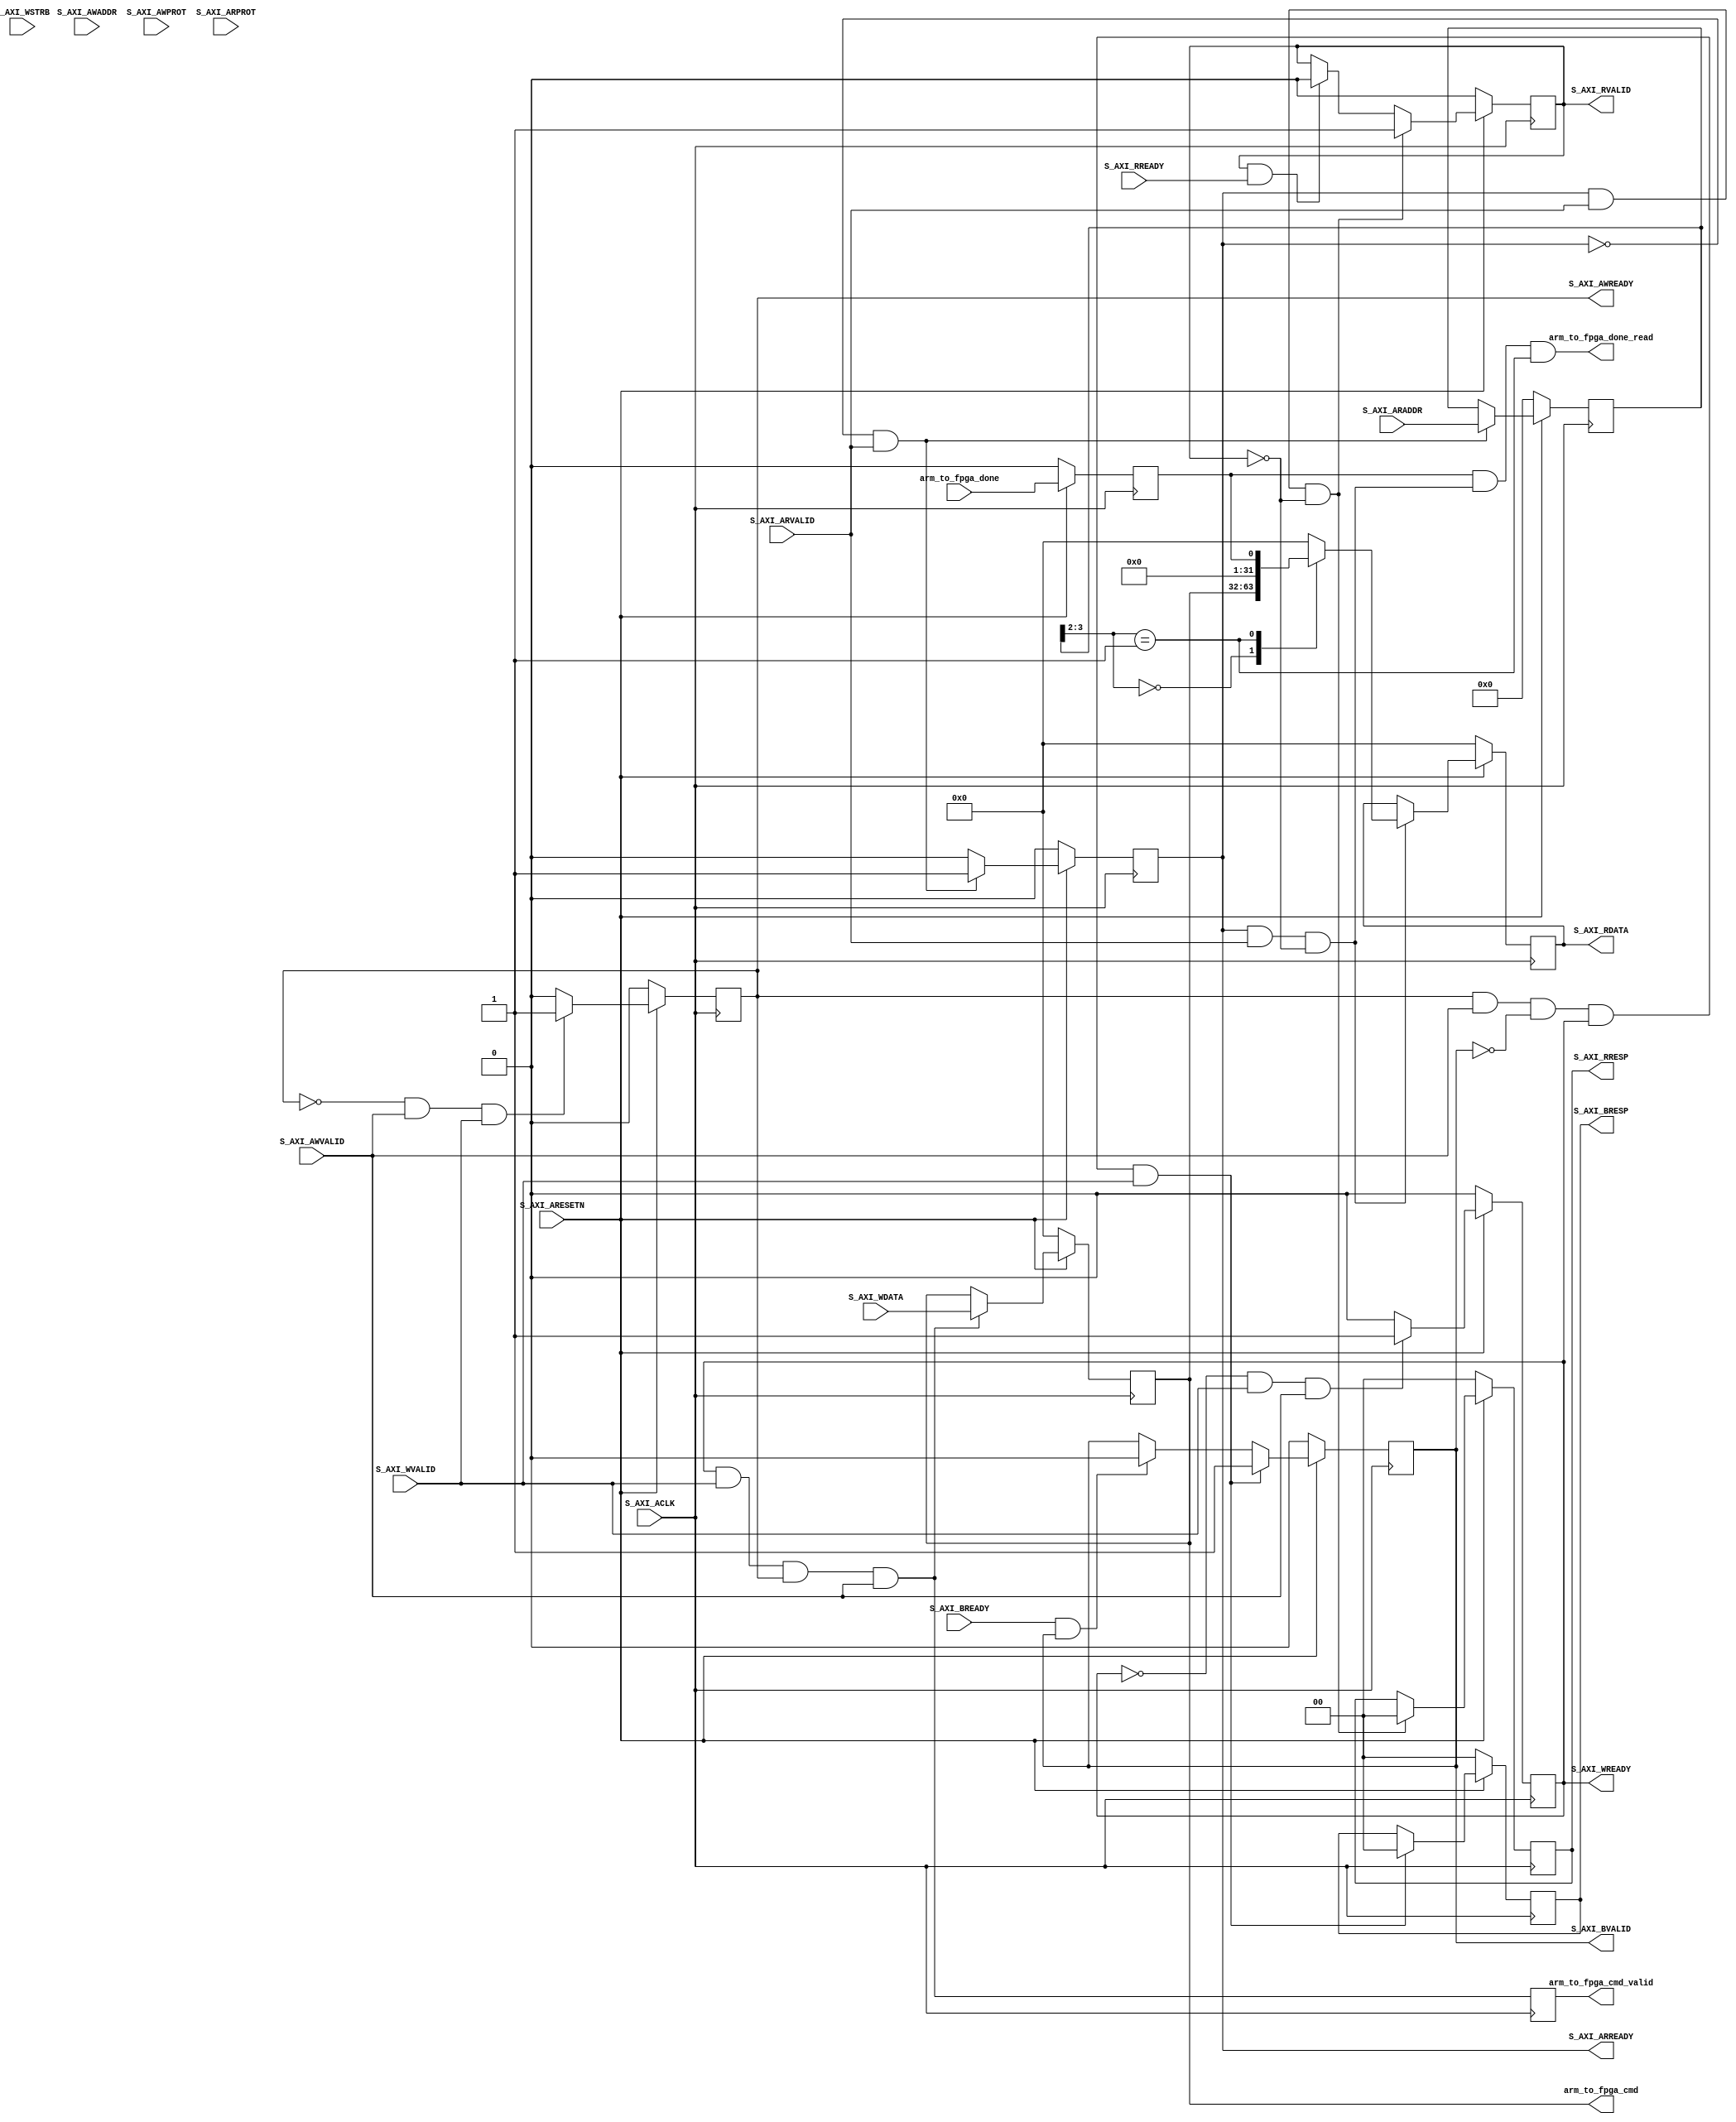

`timescale 1 ns / 1 ps

  module command_interface_S00_AXI #
  (
    // Users to add parameters here

    // User parameters ends
    // Do not modify the parameters beyond this line

    // Width of S_AXI data bus
    parameter integer C_S_AXI_DATA_WIDTH	= 32,
    // Width of S_AXI address bus
    parameter integer C_S_AXI_ADDR_WIDTH	= 4
  )
  (
    // Users to add ports here
    output wire [  31:0] arm_to_fpga_cmd,
    output wire          arm_to_fpga_cmd_valid,
    input  wire          arm_to_fpga_done,
    output wire          arm_to_fpga_done_read,
    // User ports ends

    // Do not modify the ports beyond this line

    // Global Clock Signal
    input wire  S_AXI_ACLK,
    // Global Reset Signal. This Signal is Active LOW
    input wire  S_AXI_ARESETN,
    // Write address (issued by master, acceped by Slave)
    input wire [C_S_AXI_ADDR_WIDTH-1 : 0] S_AXI_AWADDR,
    // Write channel Protection type. This signal indicates the
        // privilege and security level of the transaction, and whether
        // the transaction is a data access or an instruction access.
    input wire [2 : 0] S_AXI_AWPROT,
    // Write address valid. This signal indicates that the master signaling
        // valid write address and control information.
    input wire  S_AXI_AWVALID,
    // Write address ready. This signal indicates that the slave is ready
        // to accept an address and associated control signals.
    output wire  S_AXI_AWREADY,
    // Write data (issued by master, acceped by Slave)
    input wire [C_S_AXI_DATA_WIDTH-1 : 0] S_AXI_WDATA,
    // Write strobes. This signal indicates which byte lanes hold
        // valid data. There is one write strobe bit for each eight
        // bits of the write data bus.
    input wire [(C_S_AXI_DATA_WIDTH/8)-1 : 0] S_AXI_WSTRB,
    // Write valid. This signal indicates that valid write
        // data and strobes are available.
    input wire  S_AXI_WVALID,
    // Write ready. This signal indicates that the slave
        // can accept the write data.
    output wire  S_AXI_WREADY,
    // Write response. This signal indicates the status
        // of the write transaction.
    output wire [1 : 0] S_AXI_BRESP,
    // Write response valid. This signal indicates that the channel
        // is signaling a valid write response.
    output wire  S_AXI_BVALID,
    // Response ready. This signal indicates that the master
        // can accept a write response.
    input wire  S_AXI_BREADY,
    // Read address (issued by master, acceped by Slave)
    input wire [C_S_AXI_ADDR_WIDTH-1 : 0] S_AXI_ARADDR,
    // Protection type. This signal indicates the privilege
        // and security level of the transaction, and whether the
        // transaction is a data access or an instruction access.
    input wire [2 : 0] S_AXI_ARPROT,
    // Read address valid. This signal indicates that the channel
        // is signaling valid read address and control information.
    input wire  S_AXI_ARVALID,
    // Read address ready. This signal indicates that the slave is
        // ready to accept an address and associated control signals.
    output wire  S_AXI_ARREADY,
    // Read data (issued by slave)
    output wire [C_S_AXI_DATA_WIDTH-1 : 0] S_AXI_RDATA,
    // Read response. This signal indicates the status of the
        // read transfer.
    output wire [1 : 0] S_AXI_RRESP,
    // Read valid. This signal indicates that the channel is
        // signaling the required read data.
    output wire  S_AXI_RVALID,
    // Read ready. This signal indicates that the master can
        // accept the read data and response information.
    input wire  S_AXI_RREADY
  );

  // AXI4LITE signals
  reg [C_S_AXI_ADDR_WIDTH-1 : 0] 	axi_awaddr;
  reg  	axi_awready;
  reg  	axi_wready;
  reg [1 : 0] 	axi_bresp;
  reg  	axi_bvalid;
  reg [C_S_AXI_ADDR_WIDTH-1 : 0] 	axi_araddr;
  reg  	axi_arready;
  reg [C_S_AXI_DATA_WIDTH-1 : 0] 	axi_rdata;
  reg [1 : 0] 	axi_rresp;
  reg  	axi_rvalid;

  // Example-specific design signals
  // local parameter for addressing 32 bit / 64 bit C_S_AXI_DATA_WIDTH
  // ADDR_LSB is used for addressing 32/64 bit registers/memories
  // ADDR_LSB = 2 for 32 bits (n downto 2)
  // ADDR_LSB = 3 for 64 bits (n downto 3)
  localparam integer ADDR_LSB = (C_S_AXI_DATA_WIDTH/32) + 1;
  localparam integer OPT_MEM_ADDR_BITS = 1;
  //----------------------------------------------
  //-- Signals for user logic register space example
  //------------------------------------------------
  //-- Number of Slave Registers 4
  reg [C_S_AXI_DATA_WIDTH-1:0]	reg_cmd;
  reg 													reg_done;
  reg [C_S_AXI_DATA_WIDTH-1:0]	slv_reg2;
  reg [C_S_AXI_DATA_WIDTH-1:0]	slv_reg3;
  wire	 slv_reg_rden;
  wire	 slv_reg_wren;
  reg [C_S_AXI_DATA_WIDTH-1:0]	 reg_data_out;
  integer	 byte_index;

  // I/O Connections assignments

  assign S_AXI_AWREADY	= axi_awready;
  assign S_AXI_WREADY	= axi_wready;
  assign S_AXI_BRESP	= axi_bresp;
  assign S_AXI_BVALID	= axi_bvalid;
  assign S_AXI_ARREADY	= axi_arready;
  assign S_AXI_RDATA	= axi_rdata;
  assign S_AXI_RRESP	= axi_rresp;
  assign S_AXI_RVALID	= axi_rvalid;
  // Implement axi_awready generation
  // axi_awready is asserted for one S_AXI_ACLK clock cycle when both
  // S_AXI_AWVALID and S_AXI_WVALID are asserted. axi_awready is
  // de-asserted when reset is low.

  always @( posedge S_AXI_ACLK )
  begin
    if ( S_AXI_ARESETN == 1'b0 )
      begin
        axi_awready <= 1'b0;
      end
    else
      begin
        if (~axi_awready && S_AXI_AWVALID && S_AXI_WVALID)
          begin
            // slave is ready to accept write address when
            // there is a valid write address and write data
            // on the write address and data bus. This design
            // expects no outstanding transactions.
            axi_awready <= 1'b1;
          end
        else
          begin
            axi_awready <= 1'b0;
          end
      end
  end

  // Implement axi_awaddr latching
  // This process is used to latch the address when both
  // S_AXI_AWVALID and S_AXI_WVALID are valid.

  always @( posedge S_AXI_ACLK )
  begin
    if ( S_AXI_ARESETN == 1'b0 )
      begin
        axi_awaddr <= 0;
      end
    else
      begin
        if (~axi_awready && S_AXI_AWVALID && S_AXI_WVALID)
          begin
            // Write Address latching
            axi_awaddr <= S_AXI_AWADDR;
          end
      end
  end

  // Implement axi_wready generation
  // axi_wready is asserted for one S_AXI_ACLK clock cycle when both
  // S_AXI_AWVALID and S_AXI_WVALID are asserted. axi_wready is
  // de-asserted when reset is low.

  always @( posedge S_AXI_ACLK )
  begin
    if ( S_AXI_ARESETN == 1'b0 )
      begin
        axi_wready <= 1'b0;
      end
    else
      begin
        if (~axi_wready && S_AXI_WVALID && S_AXI_AWVALID)
          begin
            // slave is ready to accept write data when
            // there is a valid write address and write data
            // on the write address and data bus. This design
            // expects no outstanding transactions.
            axi_wready <= 1'b1;
          end
        else
          begin
            axi_wready <= 1'b0;
          end
      end
  end

  // Implement memory mapped register select and write logic generation
  // The write data is accepted and written to memory mapped registers when
  // axi_awready, S_AXI_WVALID, axi_wready and S_AXI_WVALID are asserted. Write strobes are used to
  // select byte enables of slave registers while writing.
  // These registers are cleared when reset (active low) is applied.
  // Slave register write enable is asserted when valid address and data are available
  // and the slave is ready to accept the write address and write data.
  assign slv_reg_wren = axi_wready && S_AXI_WVALID && axi_awready && S_AXI_AWVALID;

  always @( posedge S_AXI_ACLK )
  begin
    if      (S_AXI_ARESETN == 1'b0)	reg_cmd <= 31'b0;
    else if (slv_reg_wren)					reg_cmd <= S_AXI_WDATA;
    else														reg_cmd <= reg_cmd;
  end

  // Implement write response logic generation
  // The write response and response valid signals are asserted by the slave
  // when axi_wready, S_AXI_WVALID, axi_wready and S_AXI_WVALID are asserted.
  // This marks the acceptance of address and indicates the status of
  // write transaction.

  always @( posedge S_AXI_ACLK )
  begin
    if ( S_AXI_ARESETN == 1'b0 )
      begin
        axi_bvalid  <= 0;
        axi_bresp   <= 2'b0;
      end
    else
      begin
        if (axi_awready && S_AXI_AWVALID && ~axi_bvalid && axi_wready && S_AXI_WVALID)
          begin
            // indicates a valid write response is available
            axi_bvalid <= 1'b1;
            axi_bresp  <= 2'b0; // 'OKAY' response
          end                   // work error responses in future
        else
          begin
            if (S_AXI_BREADY && axi_bvalid)
              //check if bready is asserted while bvalid is high)
              //(there is a possibility that bready is always asserted high)
              begin
                axi_bvalid <= 1'b0;
              end
          end
      end
  end

  // Implement axi_arready generation
  // axi_arready is asserted for one S_AXI_ACLK clock cycle when
  // S_AXI_ARVALID is asserted. axi_awready is
  // de-asserted when reset (active low) is asserted.
  // The read address is also latched when S_AXI_ARVALID is
  // asserted. axi_araddr is reset to zero on reset assertion.

  always @( posedge S_AXI_ACLK )
  begin
    if ( S_AXI_ARESETN == 1'b0 )
      begin
        axi_arready <= 1'b0;
        axi_araddr  <= 32'b0;
      end
    else
      begin
        if (~axi_arready && S_AXI_ARVALID)
          begin
            // indicates that the slave has acceped the valid read address
            axi_arready <= 1'b1;
            // Read address latching
            axi_araddr  <= S_AXI_ARADDR;
          end
        else
          begin
            axi_arready <= 1'b0;
          end
      end
  end

  // Implement axi_arvalid generation
  // axi_rvalid is asserted for one S_AXI_ACLK clock cycle when both
  // S_AXI_ARVALID and axi_arready are asserted. The slave registers
  // data are available on the axi_rdata bus at this instance. The
  // assertion of axi_rvalid marks the validity of read data on the
  // bus and axi_rresp indicates the status of read transaction.axi_rvalid
  // is deasserted on reset (active low). axi_rresp and axi_rdata are
  // cleared to zero on reset (active low).
  always @( posedge S_AXI_ACLK )
  begin
    if ( S_AXI_ARESETN == 1'b0 )
      begin
        axi_rvalid <= 0;
        axi_rresp  <= 0;
      end
    else
      begin
        if (axi_arready && S_AXI_ARVALID && ~axi_rvalid)
          begin
            // Valid read data is available at the read data bus
            axi_rvalid <= 1'b1;
            axi_rresp  <= 2'b0; // 'OKAY' response
          end
        else if (axi_rvalid && S_AXI_RREADY)
          begin
            // Read data is accepted by the master
            axi_rvalid <= 1'b0;
          end
      end
  end

  // Implement memory mapped register select and read logic generation
  // Slave register read enable is asserted when valid address is available
  // and the slave is ready to accept the read address.
  assign slv_reg_rden = axi_arready & S_AXI_ARVALID & ~axi_rvalid;
  always @(*)
  begin
        // Address decoding for reading registers
        case ( axi_araddr[ADDR_LSB+OPT_MEM_ADDR_BITS:ADDR_LSB] )
          2'h0   : reg_data_out <= reg_cmd;
          2'h1   : reg_data_out <= {31'b0,reg_done};
          default: reg_data_out <= 0;
        endcase
  end

  // Output register or memory read data
  always @( posedge S_AXI_ACLK )
  begin
    if ( S_AXI_ARESETN == 1'b0 )
      begin
        axi_rdata  <= 0;
      end
    else
      begin
        // When there is a valid read address (S_AXI_ARVALID) with
        // acceptance of read address by the slave (axi_arready),
        // output the read dada
        if (slv_reg_rden)
          begin
            axi_rdata <= reg_data_out;     // register read data
          end
      end
  end

  // Add user logic here
  assign arm_to_fpga_cmd 			 = reg_cmd;
  
  reg r_cmd_valid;
  always@(posedge S_AXI_ACLK)
    r_cmd_valid <= slv_reg_wren;
  assign arm_to_fpga_cmd_valid = r_cmd_valid; // && (axi_awaddr[ADDR_LSB+OPT_MEM_ADDR_BITS:ADDR_LSB] == 2'h0);

  always@(posedge S_AXI_ACLK)
  begin
    if  (S_AXI_ARESETN == 1'b0)	reg_done <= 1'b0;
    else											  reg_done <= arm_to_fpga_done;
  end

  // This is a fix to to avoid premature done
  // In 2018-2019 students faced the problem explained as follows.
  // Their hardware asserts done, and receives `arm_to_fpga_done_read. 
  // However, this done_read signal is generated by continuous while loop that
  // reads the done register. It does not mean that the done is acknowledged.
  // So the students take is as an acknowledgement and
  // made their design go to next state for waiting new command.
  // Hence their software does not capture the done signal, keeps waiting.
  // A deadlock problem happens
  // This fix makes sure that, 'arm_to_fpga_done_read' signal will only be
  // asserted when done signal is high. 
  // So this time, it will become as an acknowledgement signal.
  assign arm_to_fpga_done_read = reg_done && slv_reg_rden && (axi_araddr[ADDR_LSB+OPT_MEM_ADDR_BITS:ADDR_LSB] == 2'h1);
  //assign arm_to_fpga_done_read = slv_reg_rden && (axi_araddr[ADDR_LSB+OPT_MEM_ADDR_BITS:ADDR_LSB] == 2'h1);
  
  // User logic ends

  endmodule